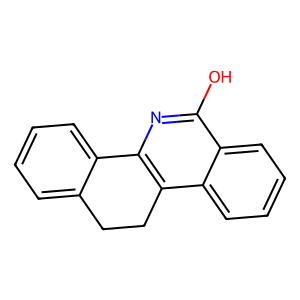
SMILES: Oc1nc2c(c3ccccc13)CCc1ccccc1-2
Inhibits HIV replication: No